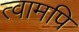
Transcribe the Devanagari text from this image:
त्वामपि